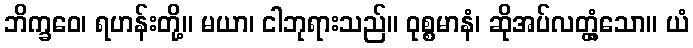
ဘိက္ခဝေ၊ ရဟန်းတို့။ မယာ၊ ငါဘုရားသည်။ ဝုစ္စမာနံ၊ ဆိုအပ်လတ္တံ့သော။ ယံ